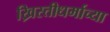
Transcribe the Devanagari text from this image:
ख्रिस्तीधर्माच्या